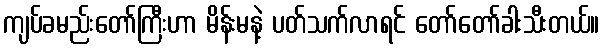
ကျပ်ခမည်းတော်ကြီးဟာ မိန်းမနဲ့ ပတ်သက်လာရင် တော်တော်ခါးသီးတယ်။